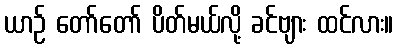
ယာဉ် တော်တော် ပိတ်မယ်လို့ ခင်ဗျား ထင်လား။